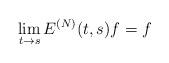
LaTeX: \begin{align*}\lim_{t\to s} E^{(N)}(t,s)f=f\end{align*}